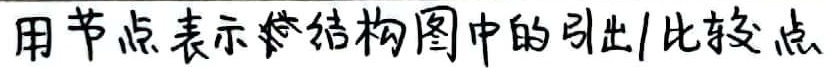
用节点表示结构图中的引出/比较点